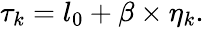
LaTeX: \begin{array}{r}{\tau_{k}=l_{0}+\beta\times\eta_{k}.}\end{array}